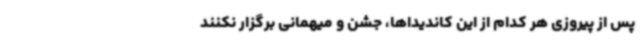
پس از پیروزی هر کدام از این کاندیداها، جشن و میهمانی برگزار نکنند